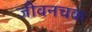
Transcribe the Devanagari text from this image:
जीवनचक